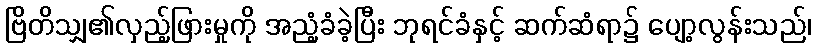
ဗြိတိသျှ၏လှည့်ဖြားမှုကို အညံ့ခံခဲ့ပြီး ဘုရင်ခံနှင့် ဆက်ဆံရာ၌ ပျော့လွန်းသည်၊